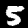
Digit: 5